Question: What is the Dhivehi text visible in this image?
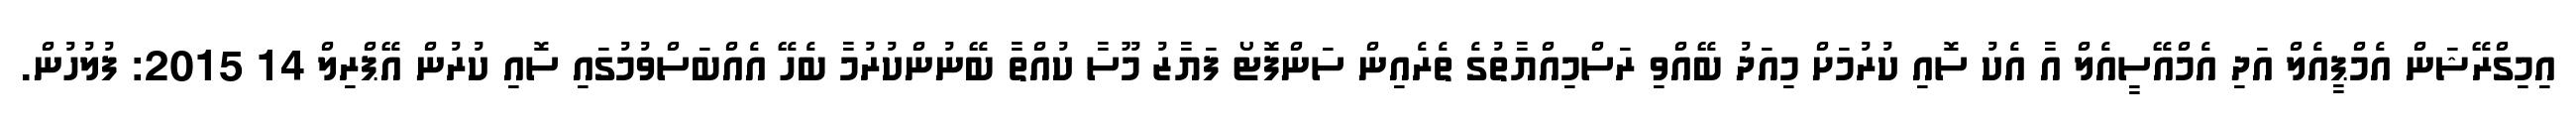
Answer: އިމިގްރޭޝަން އެމްޕީއެލް އަދި އެމްއޭސީއެލް އާ އެކު ސޮއި ކުރުމަށް މިއަދު ބޭއްވި ރަސްމިއްޔާތުގެ ތެރެއިން ސަންފޮޓޯ ފަޔާޒު މޫސާ ކުއްތާ ބޭނުންކުރުމާ ބެހޭ އެއްބަސްވުމުގައި ސޮއި ކުރުން އޭޕްރިލް 14 2015: ފުލުހުން.